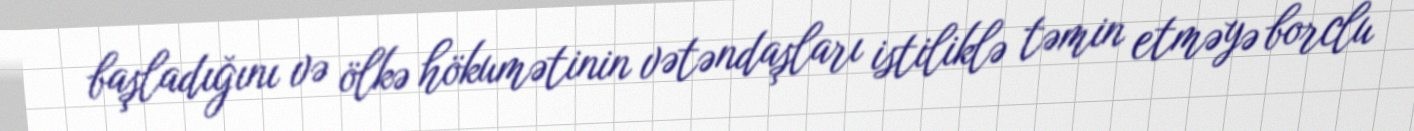
başladığını və ölkə hökumətinin vətəndaşları istiliklə təmin etməyə borclu